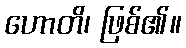
ဟောတိ၊ ဖြစ်၏။